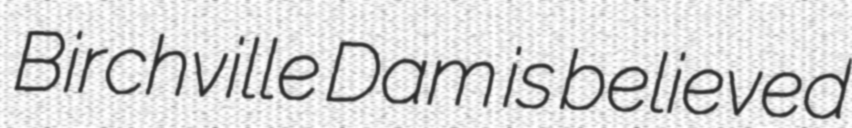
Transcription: Birchville Dam is believed